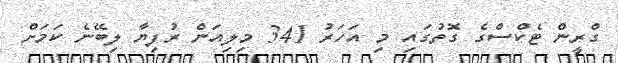
ގްރީން ޓެކްސްގެ ގޮތުގައި މި އަހަރު 341 މިލިއަން ރުފިޔާ ލިބޭނެ ކަމަށް